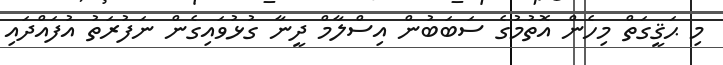
މި ޙަޤީގަތް މިހެން އޮތުމުގެ ސަބަބުން އިސްލާމް ދީނާ ގުޅުވައިގެން ނަފުރަތު އުފައްދައި